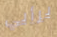
برأيي